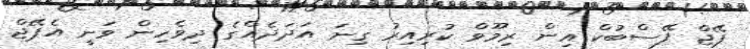
ޕޭޖް ފޭސްބުކް އިން ރިމޫވް ކުރިއިރު ގިނަ އަދަދެއްގެ ދިވެހިން ވަނީ އެޕޭޖް